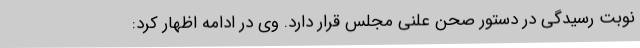
نوبت رسیدگی در دستور صحن علنی مجلس قرار دارد. وی در ادامه اظهار کرد: